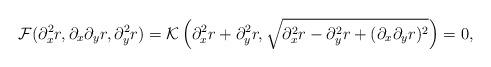
LaTeX: \begin{align*}{\cal F}(\partial_x^2r,\partial_x\partial_yr,\partial^2_yr)={\cal K}\left(\partial_x^2r+\partial^2_yr,\sqrt{\partial_x^2r-\partial^2_yr+(\partial_x\partial_yr)^2}\right)=0,\end{align*}